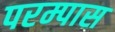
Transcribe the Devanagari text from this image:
परम्पास